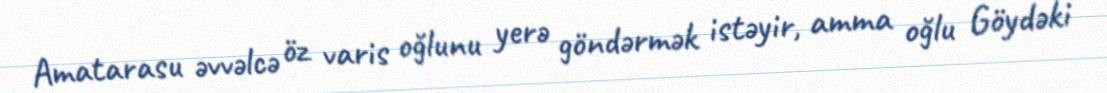
Amatarasu əvvəlcə öz varis oğlunu yerə göndərmək istəyir, amma oğlu Göydəki